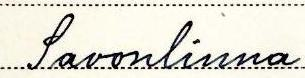
Savonlinna